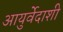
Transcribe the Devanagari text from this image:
आयुर्वेदाशी